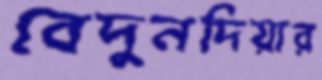
বেদুনদিয়ার